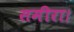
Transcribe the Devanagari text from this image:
समीरा।